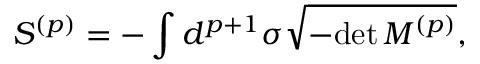
S ^ { ( p ) } = - \int d ^ { p + 1 } \sigma \sqrt { - \mathrm { d e t } \, M ^ { ( p ) } } ,